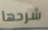
شرحها